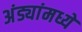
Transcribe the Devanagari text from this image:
अंड्यांमध्ये